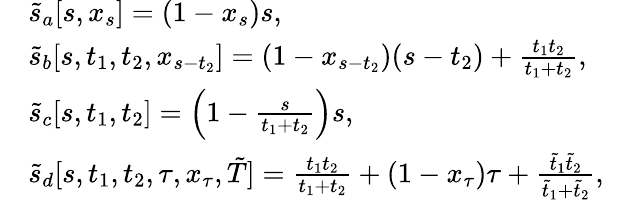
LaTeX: \begin{array}{rlr}&{\tilde{s}_{a}[s,x_{s}]=(1-x_{s})s,}&\\ &{\tilde{s}_{b}[s,t_{1},t_{2},x_{s-t_{2}}]=(1-x_{s-t_{2}})(s-t_{2})+\frac{t_{1}t_{2}}{t_{1}+t_{2}},}&\\ &{\tilde{s}_{c}[s,t_{1},t_{2}]=\left(1-\frac{s}{t_{1}+t_{2}}\right)s,}&\\ &{\tilde{s}_{d}[s,t_{1},t_{2},\tau,x_{\tau},\tilde{T}]=\frac{t_{1}t_{2}}{t_{1}+t_{2}}+(1-x_{\tau})\tau+\frac{\tilde{t}_{1}\tilde{t}_{2}}{\tilde{t}_{1}+\tilde{t}_{2}},}&\end{array}